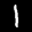
Label: 1